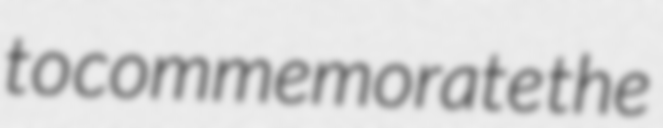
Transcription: to commemorate the